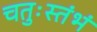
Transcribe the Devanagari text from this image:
चतुःस्तंभं